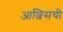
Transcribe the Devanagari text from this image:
आल्विसची